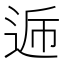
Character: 𮞏